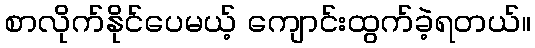
စာလိုက်နိုင်ပေမယ့် ကျောင်းထွက်ခဲ့ရတယ်။